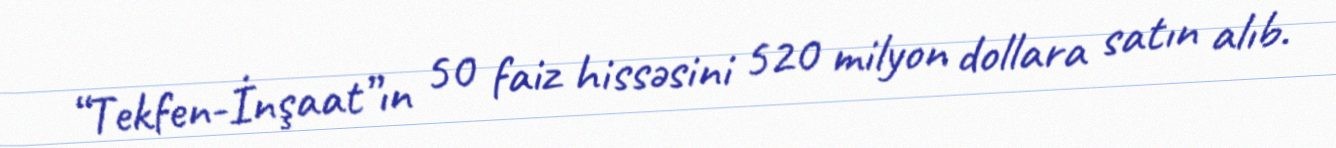
“Tekfen-İnşaat”ın 50 faiz hissəsini 520 milyon dollara satın alıb.